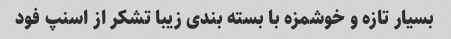
بسیار تازه و خوشمزه با بسته بندی زیبا تشکر از اسنپ فود